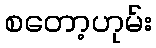
စတော့ဟုမ်း